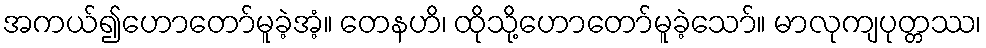
အကယ်၍ဟောတော်မူခဲ့အံ့။ တေနဟိ၊ ထိုသို့ဟောတော်မူခဲ့သော်။ မာလုကျပုတ္တဿ၊